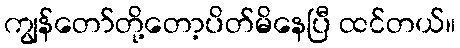
ကျွန်တော်တို့တော့ပိတ်မိနေပြီ ထင်တယ်။